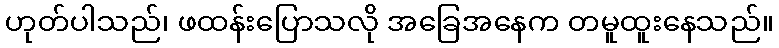
ဟုတ်ပါသည်၊ ဖထန်းပြောသလို အခြေအနေက တမူထူးနေသည်။